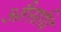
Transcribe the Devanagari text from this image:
औसधि